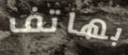
بهاتف